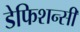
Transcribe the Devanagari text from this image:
डेफिशन्सी